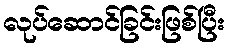
လုပ်ဆောင်ခြင်းဖြစ်ပြီး